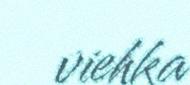
viehka